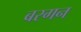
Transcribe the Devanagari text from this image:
बरगन